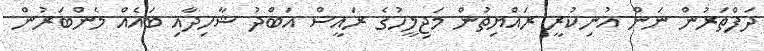
ދަފްތަރުން ނަން އުނިކުރީ ރައްޔިތުން މަޖިލީހުގެ ރައީސް އަބްދު ޝާހިދާއި ބައެއް މެންބަރުން